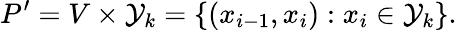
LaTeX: P^{\prime}=V\times\mathcal{Y}_{k}=\{ (x_{i-1},x_{i}):x_{i}\in\mathcal{Y}_{k}\} .